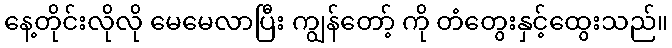
နေ့တိုင်းလိုလို မေမေလာပြီး ကျွန်တော့် ကို တံတွေးနှင့်ထွေးသည်။